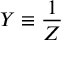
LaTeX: Y \equiv { \frac { 1 } { Z } }